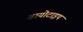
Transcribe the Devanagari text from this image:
बायोटाइप